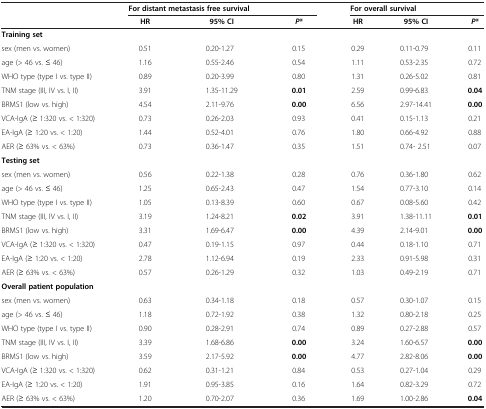
<table><thead><tr><td><b> </b></td><td colspan="3"><b>For distant metastasis free survival</b></td><td colspan="3"><b>For overall survival</b></td></tr><tr><td><b> </b></td><td><b>HR</b></td><td><b>95% CI</b></td><td><b><i>P</i>*</b></td><td><b>HR</b></td><td><b>95% CI</b></td><td><b><i>P</i>*</b></td></tr></thead><tbody><tr><td><b>Training set</b></td><td> </td><td> </td><td> </td><td> </td><td> </td><td> </td></tr><tr><td>sex (men vs. women)</td><td>0.51</td><td>0.20-1.27</td><td>0.15</td><td>0.29</td><td>0.11-0.79</td><td>0.11</td></tr><tr><td>age (&gt; 46 vs. ≤ 46)</td><td>1.16</td><td>0.55-2.46</td><td>0.54</td><td>1.11</td><td>0.53-2.35</td><td>0.72</td></tr><tr><td>WHO type (type I vs. type II)</td><td>0.89</td><td>0.20-3.99</td><td>0.80</td><td>1.31</td><td>0.26-5.02</td><td>0.81</td></tr><tr><td>TNM stage (III, IV vs. I, II)</td><td>3.91</td><td>1.35-11.29</td><td><b>0.01</b></td><td>2.59</td><td>0.99-6.83</td><td><b>0.04</b></td></tr><tr><td>BRMS1 (low vs. high)</td><td>4.54</td><td>2.11-9.76</td><td><b>0.00</b></td><td>6.56</td><td>2.97-14.41</td><td><b>0.00</b></td></tr><tr><td>VCA-IgA (≥ 1:320 vs. &lt; 1:320)</td><td>0.73</td><td>0.26-2.03</td><td>0.93</td><td>0.41</td><td>0.15-1.13</td><td>0.21</td></tr><tr><td>EA-IgA (≥ 1:20 vs. &lt; 1:20)</td><td>1.44</td><td>0.52-4.01</td><td>0.76</td><td>1.80</td><td>0.66-4.92</td><td>0.88</td></tr><tr><td>AER (≥ 63% vs. &lt; 63%)</td><td>0.73</td><td>0.36-1.47</td><td>0.35</td><td>1.51</td><td>0.74- 2.51</td><td>0.07</td></tr><tr><td><b>Testing set</b></td><td> </td><td> </td><td> </td><td> </td><td> </td><td> </td></tr><tr><td>sex (men vs. women)</td><td>0.56</td><td>0.22-1.38</td><td>0.28</td><td>0.76</td><td>0.36-1.80</td><td>0.62</td></tr><tr><td>age (&gt; 46 vs. ≤ 46)</td><td>1.25</td><td>0.65-2.43</td><td>0.47</td><td>1.54</td><td>0.77-3.10</td><td>0.14</td></tr><tr><td>WHO type (type I vs. type II)</td><td>1.05</td><td>0.13-8.39</td><td>0.60</td><td>0.67</td><td>0.08-5.60</td><td>0.42</td></tr><tr><td>TNM stage (III, IV vs. I, II)</td><td>3.19</td><td>1.24-8.21</td><td><b>0.02</b></td><td>3.91</td><td>1.38-11.11</td><td><b>0.01</b></td></tr><tr><td>BRMS1 (low vs. high)</td><td>3.31</td><td>1.69-6.47</td><td><b>0.00</b></td><td>4.39</td><td>2.14-9.01</td><td><b>0.00</b></td></tr><tr><td>VCA-IgA (≥ 1:320 vs. &lt; 1:320)</td><td>0.47</td><td>0.19-1.15</td><td>0.97</td><td>0.44</td><td>0.18-1.10</td><td>0.71</td></tr><tr><td>EA-IgA (≥ 1:20 vs. &lt; 1:20)</td><td>2.78</td><td>1.12-6.94</td><td>0.19</td><td>2.33</td><td>0.91-5.98</td><td>0.31</td></tr><tr><td>AER (≥ 63% vs. &lt; 63%)</td><td>0.57</td><td>0.26-1.29</td><td>0.32</td><td>1.03</td><td>0.49-2.19</td><td>0.71</td></tr><tr><td><b>Overall patient population</b></td><td> </td><td> </td><td> </td><td> </td><td> </td><td> </td></tr><tr><td>sex (men vs. women)</td><td>0.63</td><td>0.34-1.18</td><td>0.18</td><td>0.57</td><td>0.30-1.07</td><td>0.15</td></tr><tr><td>age (&gt; 46 vs. ≤ 46)</td><td>1.18</td><td>0.72-1.92</td><td>0.38</td><td>1.32</td><td>0.80-2.18</td><td>0.25</td></tr><tr><td>WHO type (type I vs. type II)</td><td>0.90</td><td>0.28-2.91</td><td>0.74</td><td>0.89</td><td>0.27-2.88</td><td>0.57</td></tr><tr><td>TNM stage (III, IV vs. I, II)</td><td>3.39</td><td>1.68-6.86</td><td><b>0.00</b></td><td>3.24</td><td>1.60-6.57</td><td><b>0.00</b></td></tr><tr><td>BRMS1 (low vs. high)</td><td>3.59</td><td>2.17-5.92</td><td><b>0.00</b></td><td>4.77</td><td>2.82-8.06</td><td><b>0.00</b></td></tr><tr><td>VCA-IgA (≥ 1:320 vs. &lt; 1:320)</td><td>0.62</td><td>0.31-1.21</td><td>0.84</td><td>0.53</td><td>0.27-1.04</td><td>0.29</td></tr><tr><td>EA-IgA (≥ 1:20 vs. &lt; 1:20)</td><td>1.91</td><td>0.95-3.85</td><td>0.16</td><td>1.64</td><td>0.82-3.29</td><td>0.72</td></tr><tr><td>AER (≥ 63% vs. &lt; 63%)</td><td>1.20</td><td>0.70-2.07</td><td>0.36</td><td>1.69</td><td>1.00-2.86</td><td><b>0.04</b></td></tr></tbody></table>